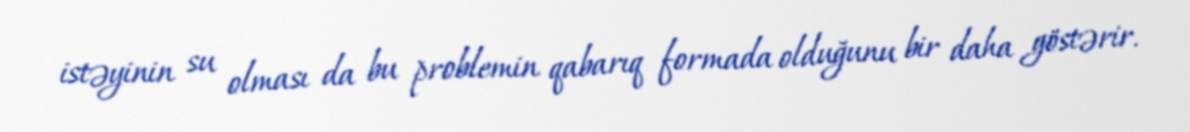
istəyinin su olması da bu problemin qabarıq formada olduğunu bir daha göstərir.